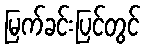
မြက်ခင်းပြင်တွင်